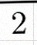
2